Leaving Certificate Examination (including Day School Certificate (Higher) General paper), 1933
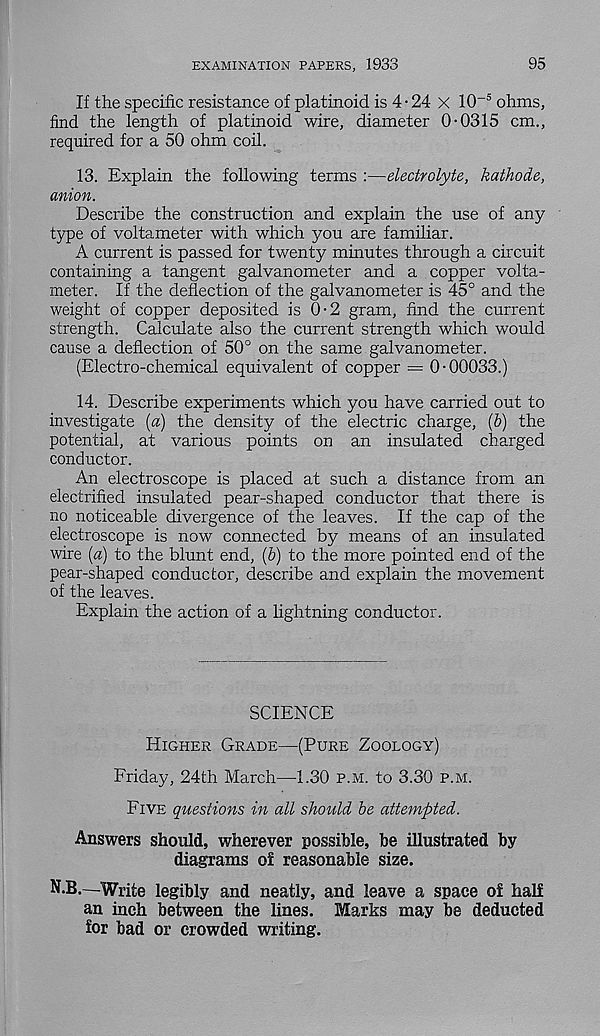
EXAMINATION PAPERS, 1933
95
If the specific resistance of platinoid is 4 • 24 x 10 -5 ohms,
find the length of platinoid wire, diameter 0-0315 cm.,
required for a 50 ohm coil.
13. Explain the following terms :—electrolyte, kathode,
anion.
Describe the construction and explain the use of any
type of voltameter with which you are familiar.
A current is passed for twenty minutes through a circuit
containing a tangent galvanometer and a copper volta-
meter. If the deflection of the galvanometer is 45° and the
weight of copper deposited is 0-2 gram, find the current
strength. Calculate also the current strength which would
cause a deflection of 50° on the same galvanometer.
(Electro-chemical equivalent of copper = 0-00033.)
14. Describe experiments which you have carried out to
investigate {a) the density of the electric charge, {b) the
potential, at various points on an insulated charged
conductor.
An electroscope is placed at such a distance from an
electrified insulated pear-shaped conductor that there is
no noticeable divergence of the leaves. If the cap of the
electroscope is now connected by means of an insulated
wire (a) to the blunt end, (&) to the more pointed end of the
pear-shaped conductor, describe and explain the movement
of the leaves.
Explain the action of a lightning conductor.
SCIENCE
Higher Grade—(Pure Zoology)
Friday, 24th March—1.30 p.m. to 3.30 p.m.
Five questions in all should be attempted.
Answers should, wherever possible, be illustrated by
diagrams of reasonable size.
N.B.—Write legibly and neatly, and leave a space o£ half
an inch between the lines. Marks may be deducted
for bad or crowded writing.